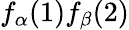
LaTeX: f_{\alpha}(1)f_{\beta}(2)